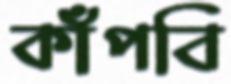
কাঁপবি